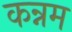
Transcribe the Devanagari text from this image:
कन्नम